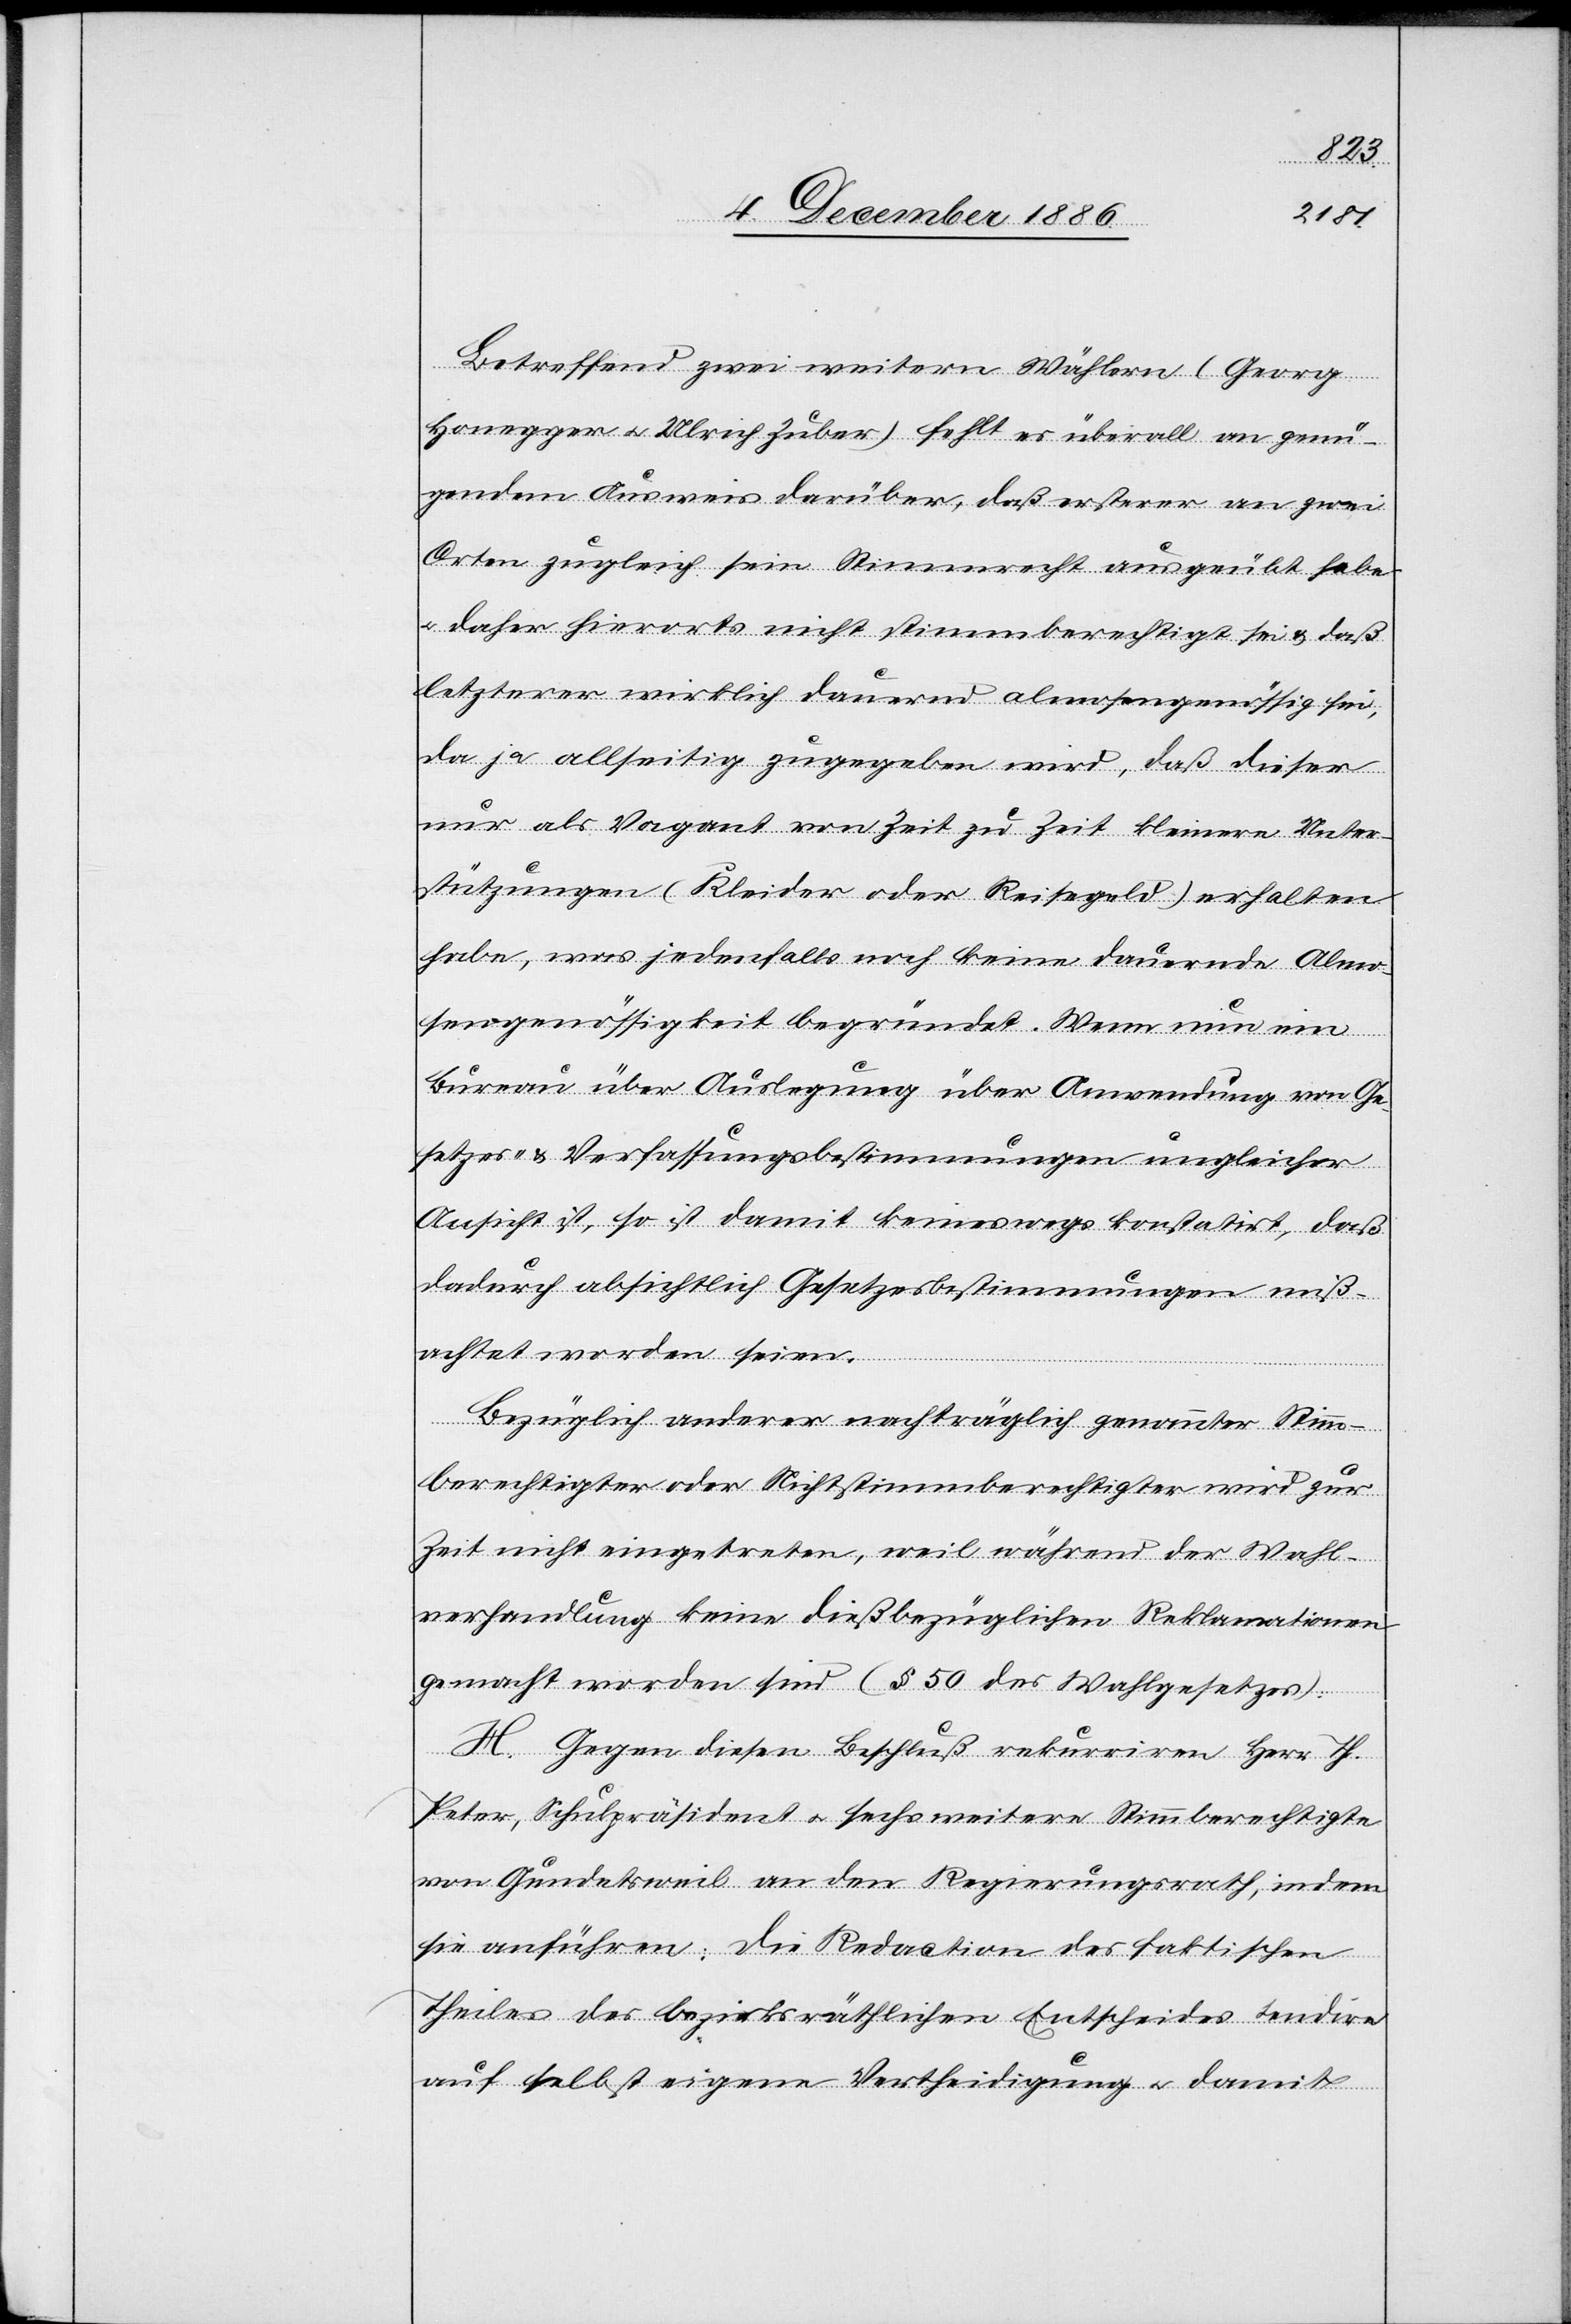
Betreffend zwei weitern Wählern (Georg
Honegger & Ulrich Zuber) fehlt es überall an genü¬
gendem Ausweis darüber, daß ersterer an zwei
Orten zugleich sein Stimmrecht ausgeübt habe
& daher hierorts nicht stimmberechtigt sei & daß
letzterer wirklich dauernd almosengenössig sei,
da ja allseitig zugegeben wird, daß dieser
nur als Vagant von Zeit zu Zeit kleinere Unter¬
stützungen (Kleider oder Reisegeld) erhalten
habe, was jedenfalls noch keine dauernde Almo¬
sengenössigkeit begründet. Wenn nun ein
Bureau über Auslegung über Anwendung von Ge¬
setzes- & Verfassungsbestimmungen ungleicher
Ansicht ist, so ist damit keineswegs konstatirt, daß
dadurch absichtlich Gesetzesbestimmungen miß¬
achtet worden seien.
Bezüglich anderer nachträglich genannter Stimm¬
berechtigter oder Nichtstimmberechtigter wird zur
Zeit nicht eingetreten, weil während der Wahl¬
verhandlung keine dießbezüglichen Reklamationen
gemacht worden sind (§ 50 des Wahlgesetzes).
H. Gegen diesen Beschluß rekurriren Herr Th.
Peter, Schulpräsident & sechs weitere Stimmberechtigte
von Gundetsweil an den Regierungsrath, indem
sie anführen: Die Redaction des faktischen
Theiles des bezirksräthlichen Entscheides tendire
auf selbst eigene Vertheidigung & damit